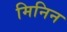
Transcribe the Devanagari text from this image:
मिनिन